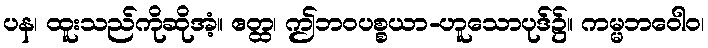
ပန၊ ထူးသည်ကိုဆိုအံ့။ ဧတ္ထ၊ ဤဘဝပစ္စယာ-ဟူသောပုဒ်၌။ ကမ္မဘဝေါဝ၊